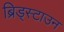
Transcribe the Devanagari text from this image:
ब्रिड्स्टाउन